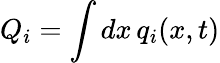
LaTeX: Q_{i}=\int dx\, q_{i}(x,t)